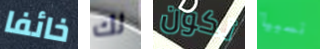
خائفا لك تكون نسبيا